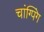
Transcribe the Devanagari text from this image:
चांग्पिंग